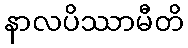
နာလပိဿာမီတိ